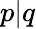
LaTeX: p|q